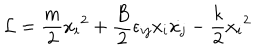
{ \cal { L } } = \frac { m } { 2 } { \dot { x _ { i } } } ^ { 2 } + \frac { B } { 2 } \epsilon _ { i j } x _ { i } \dot { x _ { j } } - \frac { k } { 2 } { x _ { i } } ^ { 2 }